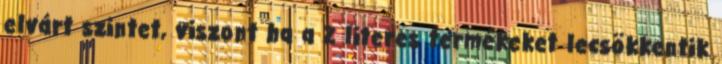
elvárt szintet, viszont ha a 2 literes termékeket lecsökkentik